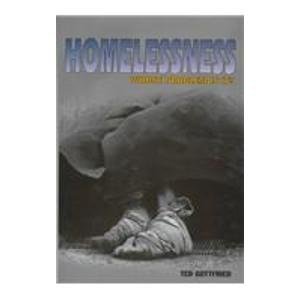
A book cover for Homelessness: Whose Problem Is It? (Issue and Debate); Ted Gottfried; Teen & Young Adult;